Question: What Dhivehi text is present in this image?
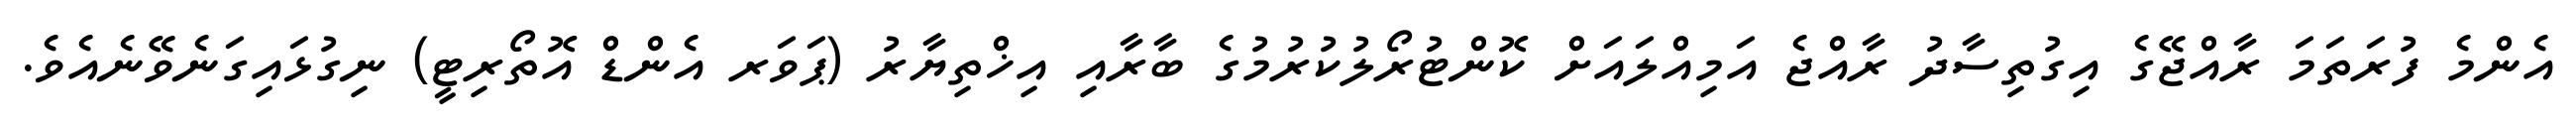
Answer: އެންމެ ފުރަތަމަ ރާއްޖޭގެ އިގުތިސާދު ރާއްޖެ އަމިއްލައަށް ކޮންޓުރޯލުކުރުމުގެ ބާރާއި އިޚްތިޔާރު (ޕަވަރ އެންޑް އޮތޯރިޓީ) ނިގުޅައިގަނެވޭނެއެވެ.